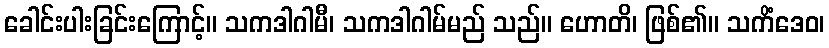
ခေါင်းပါးခြင်းကြောင့်။ သကဒါဂါမီ၊ သကဒါဂါမ်မည် သည်။ ဟောတိ၊ ဖြစ်၏။ သကိံဒေဝ၊